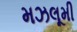
મઝલૂમી